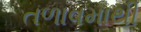
તળાવમાથી